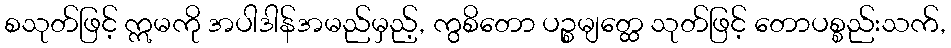
စသုတ်ဖြင့် ဣမကို အပါဒါန်အမည်မှည့်, ကွစိတော ပဉ္စမျတ္ထေ သုတ်ဖြင့် တောပစ္စည်းသက်,